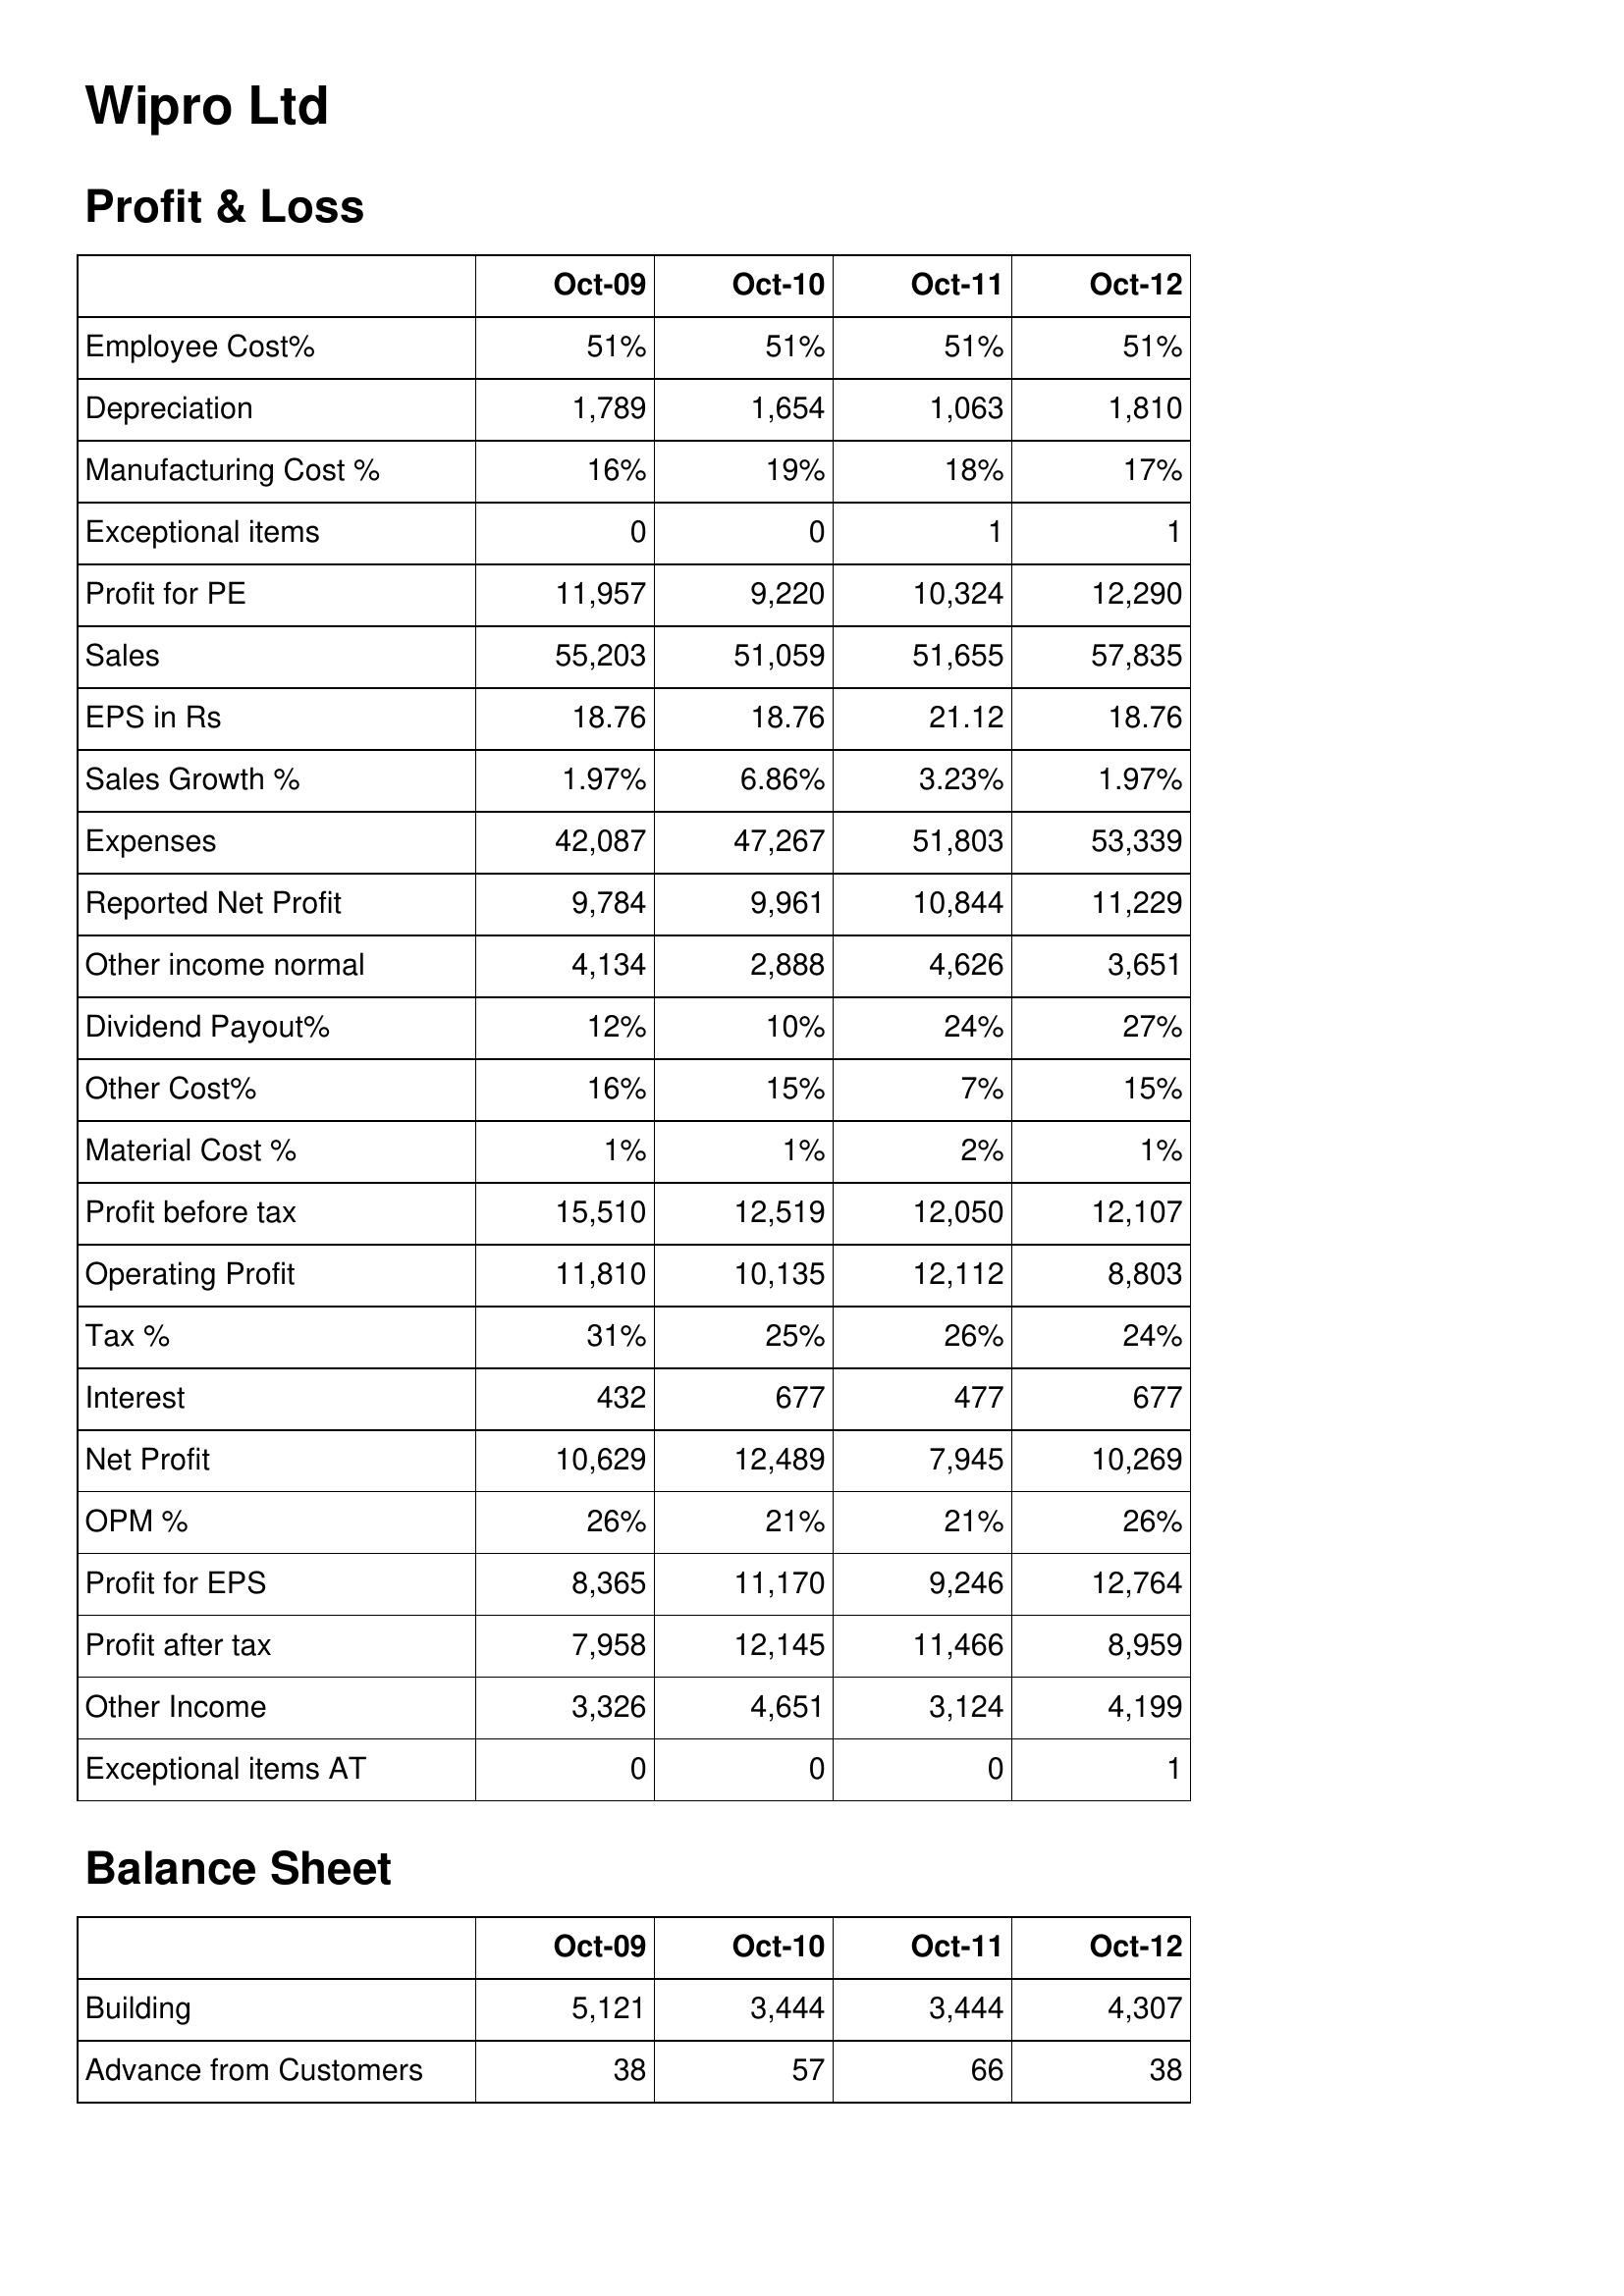
Oct-09: Profit & Loss: Employee Cost%: 51%
Depreciation: 1,789
Manufacturing Cost %: 16%
Exceptional items: 0
Profit for PE: 11,957
Sales: 55,203
EPS in Rs: 18.76
Sales Growth %: 1.97%
Expenses: 42,087
Reported Net Profit: 9,784
Other income normal: 4,134
Dividend Payout%: 12%
Other Cost%: 16%
Material Cost %: 1%
Profit before tax: 15,510
Operating Profit: 11,810
Tax %: 31%
Interest: 432
Net Profit: 10,629
OPM %: 26%
Profit for EPS: 8,365
Profit after tax: 7,958
Other Income: 3,326
Exceptional items AT: 0
Balance Sheet: Building: 5,121
Advance from Customers: 38
Oct-10: Profit & Loss: Employee Cost%: 51%
Depreciation: 1,654
Manufacturing Cost %: 19%
Exceptional items: 0
Profit for PE: 9,220
Sales: 51,059
EPS in Rs: 18.76
Sales Growth %: 6.86%
Expenses: 47,267
Reported Net Profit: 9,961
Other income normal: 2,888
Dividend Payout%: 10%
Other Cost%: 15%
Material Cost %: 1%
Profit before tax: 12,519
Operating Profit: 10,135
Tax %: 25%
Interest: 677
Net Profit: 12,489
OPM %: 21%
Profit for EPS: 11,170
Profit after tax: 12,145
Other Income: 4,651
Exceptional items AT: 0
Balance Sheet: Building: 3,444
Advance from Customers: 57
Oct-11: Profit & Loss: Employee Cost%: 51%
Depreciation: 1,063
Manufacturing Cost %: 18%
Exceptional items: 1
Profit for PE: 10,324
Sales: 51,655
EPS in Rs: 21.12
Sales Growth %: 3.23%
Expenses: 51,803
Reported Net Profit: 10,844
Other income normal: 4,626
Dividend Payout%: 24%
Other Cost%: 7%
Material Cost %: 2%
Profit before tax: 12,050
Operating Profit: 12,112
Tax %: 26%
Interest: 477
Net Profit: 7,945
OPM %: 21%
Profit for EPS: 9,246
Profit after tax: 11,466
Other Income: 3,124
Exceptional items AT: 0
Balance Sheet: Building: 3,444
Advance from Customers: 66
Oct-12: Profit & Loss: Employee Cost%: 51%
Depreciation: 1,810
Manufacturing Cost %: 17%
Exceptional items: 1
Profit for PE: 12,290
Sales: 57,835
EPS in Rs: 18.76
Sales Growth %: 1.97%
Expenses: 53,339
Reported Net Profit: 11,229
Other income normal: 3,651
Dividend Payout%: 27%
Other Cost%: 15%
Material Cost %: 1%
Profit before tax: 12,107
Operating Profit: 8,803
Tax %: 24%
Interest: 677
Net Profit: 10,269
OPM %: 26%
Profit for EPS: 12,764
Profit after tax: 8,959
Other Income: 4,199
Exceptional items AT: 1
Balance Sheet: Building: 4,307
Advance from Customers: 38